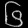
Digit: ၆